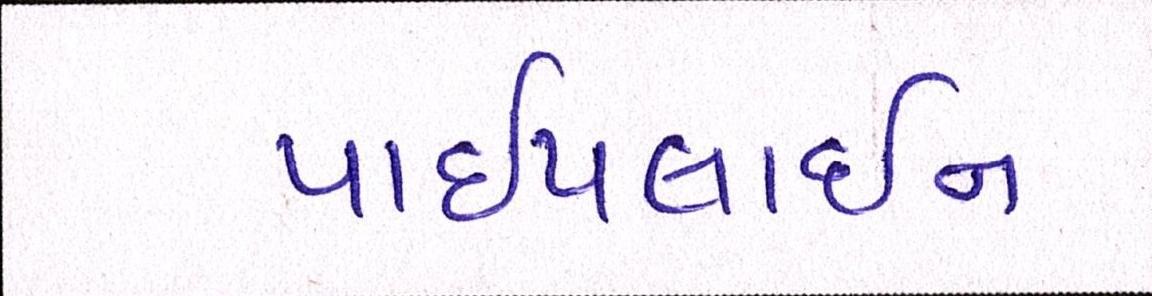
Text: પાઈપલાઈન